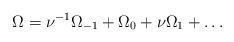
LaTeX: \begin{align*} \Omega = \nu^{-1} \Omega_{-1} + \Omega_0 + \nu \Omega_1 + \ldots\end{align*}